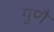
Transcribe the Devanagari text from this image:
गुणै